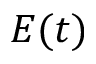
E ( t )